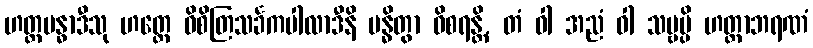
ဟတ္ထဗန္ဓာဒီသု ဟတ္ထေ ဝိစိတြသင်္ခကပါလာဒီနိ ဗန္ဓိတွာ ဝိစရန္တိ, တံ ဝါ အညံ ဝါ သဗ္ဗမ္ပိ ဟတ္ထာဘရဏံ